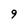
Character: 9